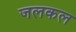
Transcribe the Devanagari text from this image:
जलकल